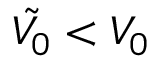
\tilde { V _ { 0 } } < V _ { 0 }